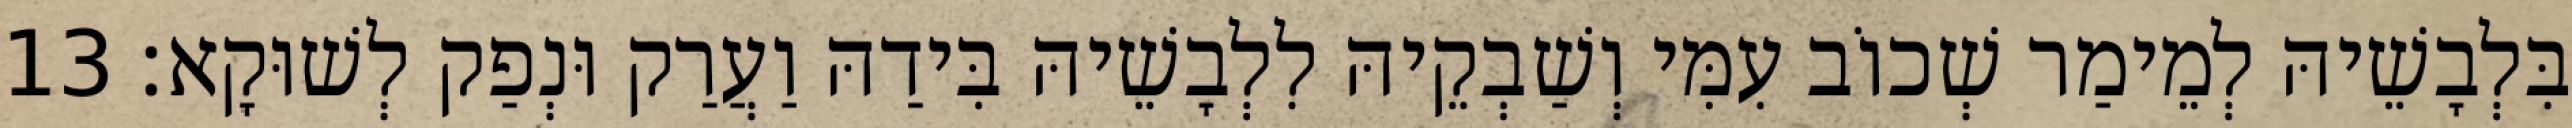
בִּלְבָשֵׁיהּ לְמֵימַר שְׁכוֹב עִמִּי וְשַׁבְקֵיהּ לִלְבָשֵׁיהּ בִּידַהּ וַעֲרַק וּנְפַק לְשׁוּקָא׃ 13